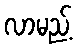
လာမည့်